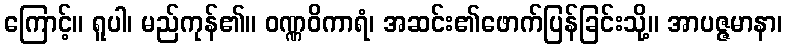
ကြောင့်။ ရူပါ၊ မည်ကုန်၏။ ဝဏ္ဏဝိကာရံ၊ အဆင်း၏ဖောက်ပြန်ခြင်းသို့။ အာပဇ္ဇမာနာ၊